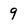
Character: 9